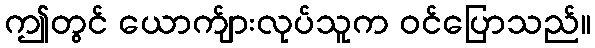
ဤတွင် ယောက်ျားလုပ်သူက ဝင်ပြောသည်။